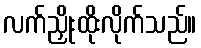
လက်ညှိုးထိုးလိုက်သည်။